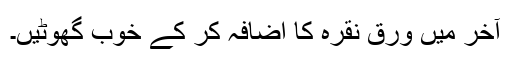
آخر میں ورقِ نقرہ کا اِضافہ کر کے خوب گھوٹیں۔